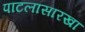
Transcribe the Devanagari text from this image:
पाटलासारखा